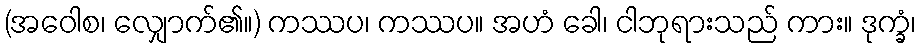
(အဝေါစ၊ လျှောက်၏။) ကဿပ၊ ကဿပ။ အဟံ ခေါ၊ ငါဘုရားသည် ကား။ ဒုက္ခံ၊